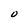
Character: O